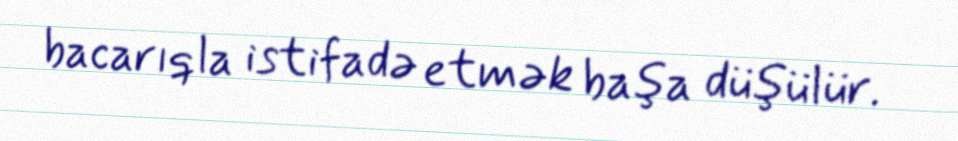
bacarıqla istifadə etmək başa düşülür.